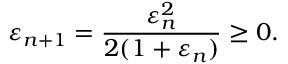
\varepsilon _ { n + 1 } = { \frac { \varepsilon _ { n } ^ { 2 } } { 2 ( 1 + \varepsilon _ { n } ) } } \geq 0 .